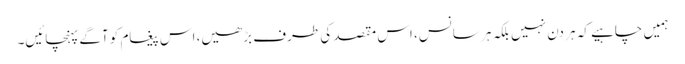
ہمیں چاہیے کہ ہر دن نہیں بلکہ ہر سانس، اس مقصد کی طرف بڑھیں، اس پیغام کو آگے پہنچائیں۔